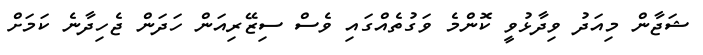
ޝަޖާން މިއަދު ވިދާޅުވީ ކޮންމެ ވަގުތެއްގައި ވެސް ސިޒޭރިއަން ހަދަން ޖެހިދާނެ ކަމަށް